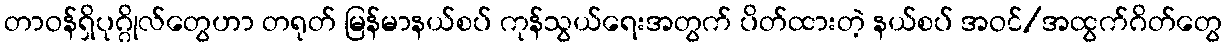
တာဝန်ရှိပုဂ္ဂိုလ်တွေဟာ တရုတ် မြန်မာနယ်စပ် ကုန်သွယ်ရေးအတွက် ပိတ်ထားတဲ့ နယ်စပ် အဝင်/အထွက်ဂိတ်တွေ